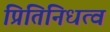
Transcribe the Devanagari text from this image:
प्रितिनिधत्व